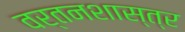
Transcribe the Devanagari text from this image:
वर्तनशास्त्र